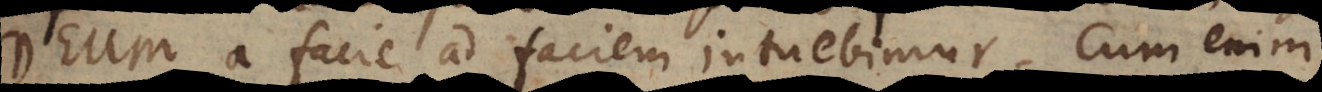
Deum a facie ad faciem intuebimur. Cum enim